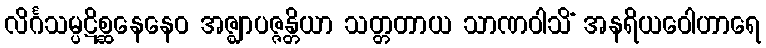
လိင်္ဂသမ္ပဋိစ္ဆနေနေဝ အဇ္ဈာပဇ္ဇန္တိယာ သတ္တတာယ သာဏဝါသိံ အနရိယဝေါဟာရေ